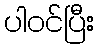
ပါဝင်ပြီး